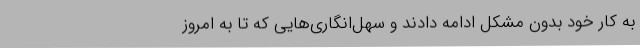
به کار خود بدون مشکل ادامه دادند و سهل‌انگاری‌هایی که تا به امروز